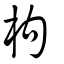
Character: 杓